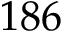
1 8 6